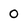
Character: 0